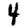
Digit: 4